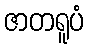
ဇာတရူပံ